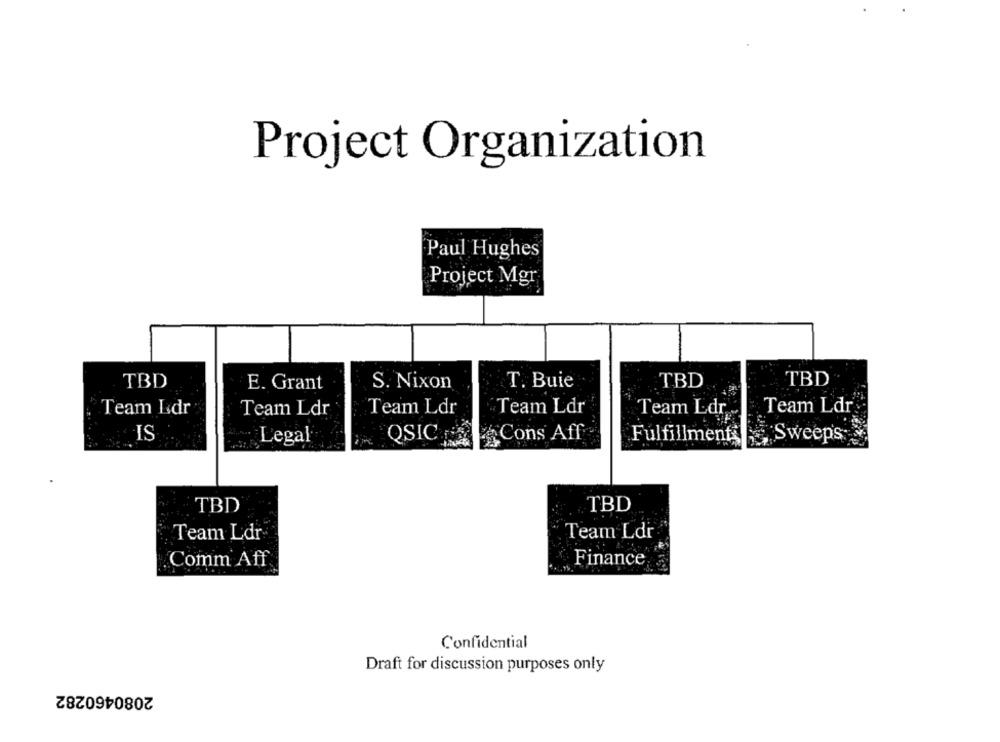
Project Organization
Paul Hughes
Project Mgr
TBD
E. Grant
S. Nixon
T. Buie
TBD
TBD
Team Ldr
Team Ldr
Team Ldr
Team Ldr
Team Ldr,
Team Ldr
IS
QSIC
Cons Aff
Fulfillment: , Sweeps;
Legal
TBD
TBD
Team Ldr
Team Ldr
Comm Aff
Finance
Confidential
Draft for discussion purposes only
2080460282